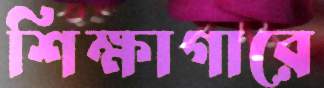
শিক্ষাগারে